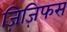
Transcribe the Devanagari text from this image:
ज़िज़िफस